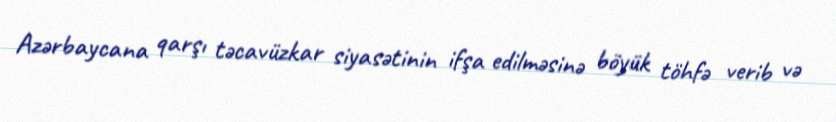
Azərbaycana qarşı təcavüzkar siyasətinin ifşa edilməsinə böyük töhfə verib və